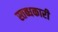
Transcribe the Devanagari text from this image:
स्तब्धकारी